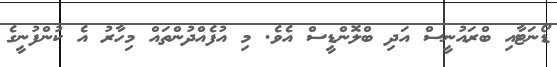
ޑޯނަޓާއި ބްރައުނީސް އަދި ބްލޮންޑީސް އެވެ. މި އުފެއްދުންތައް މިހާރު އެ ކުންފުނީގެ